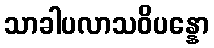
သာခါပလာသဝိပန္နော